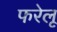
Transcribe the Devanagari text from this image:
फरेलू